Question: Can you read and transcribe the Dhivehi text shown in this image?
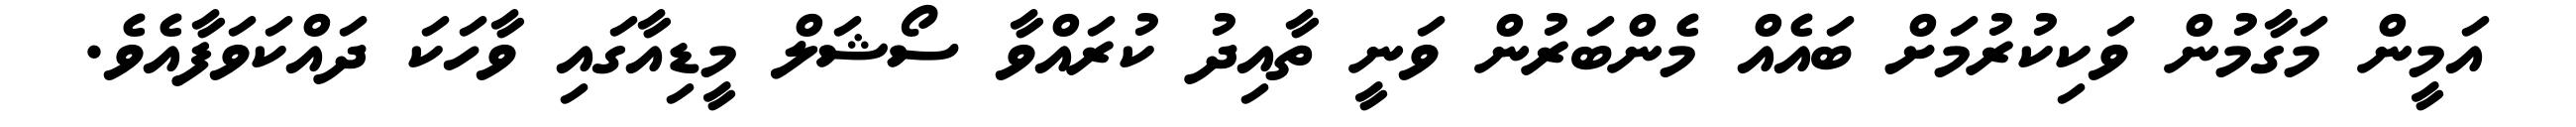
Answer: އަމީން މަގާމުން ވަކިކުރުމަށް ބައެއް މެންބަރުން ވަނީ ތާއިދު ކުރައްވާ ސޯޝަލް މީޑިއާގައި ވާހަކަ ދައްކަވަފާއެވެ.